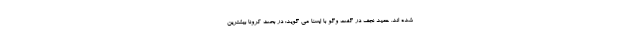
شده اند. حمید نجف در گفت وگو با ایسنا می گوید: در بحث کرونا بیشترین